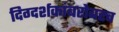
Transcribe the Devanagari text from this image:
दिग्दर्शकांबरोबरच